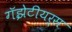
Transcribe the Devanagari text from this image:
गॅझेटीयर्स